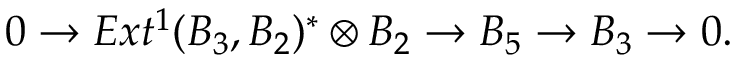
0 \to E x t ^ { 1 } ( B _ { 3 } , B _ { 2 } ) ^ { * } \otimes B _ { 2 } \to B _ { 5 } \to B _ { 3 } \to 0 .